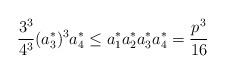
LaTeX: \begin{align*} \frac{3^{3}}{4^{3}} (a_{3}^{*})^{3} a_{4}^{*} \leq a_{1}^{*} a_{2}^{*} a_{3}^{*} a_{4}^{*} = \frac{p^{3}}{16} \end{align*}